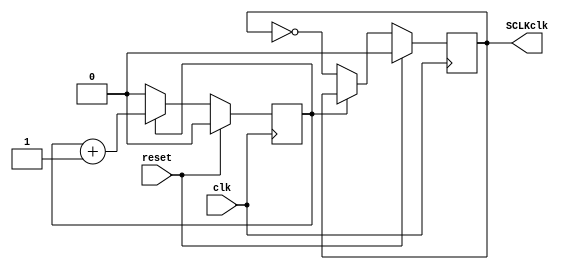
`timescale 1ns / 1ps
//////////////////////////////////////////////////////////////////////////////////
// Company: 
// Engineer: 
// 
// Design Name: 
// Module Name:    dclk 
// Project Name: 
// Target Devices: 
// Tool versions: 
// Description: 
//
// Dependencies: 
//
// Revision: 
// Revision 0.01 - File Created
// Additional Comments: 
//
//////////////////////////////////////////////////////////////////////////////////
module dclk(
			clk,
		   reset,
			SCLKclk

    );
	 
	 input wire clk, reset;
	   output reg SCLKclk;
	   
	   
       reg cuenta_sclk;  
       always @(posedge clk)   
	   begin
	      if(reset)
		  begin
		  cuenta_sclk<=1'd0;   
		  SCLKclk <=1'd0;  
		  end
	   else
		  begin	
			if(cuenta_sclk == 1'd0)
						     		 
				begin 
				cuenta_sclk<= 2'd00;  
				SCLKclk <= ~SCLKclk;
				end
	 		else
				cuenta_sclk <= cuenta_sclk + 1'b1;
		  end
end


endmodule